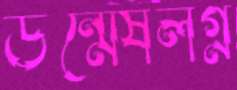
উন্মেষলগ্ন